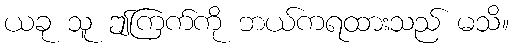
ယခု သူ ဤကြက်ကို ဘယ်ကရထားသည် မသိ။